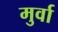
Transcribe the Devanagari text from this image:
मुर्वा